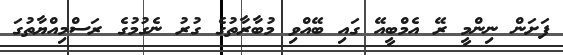
ފަށަން ނިންމީ ރޭ އެމްބީއޭ ގައި ބޭއްވި މުބާރާތުގެ ގުރު ނެގުމުގެ ރަސްމިއްޔާތުގަ